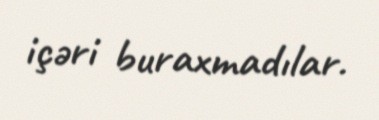
içəri buraxmadılar.